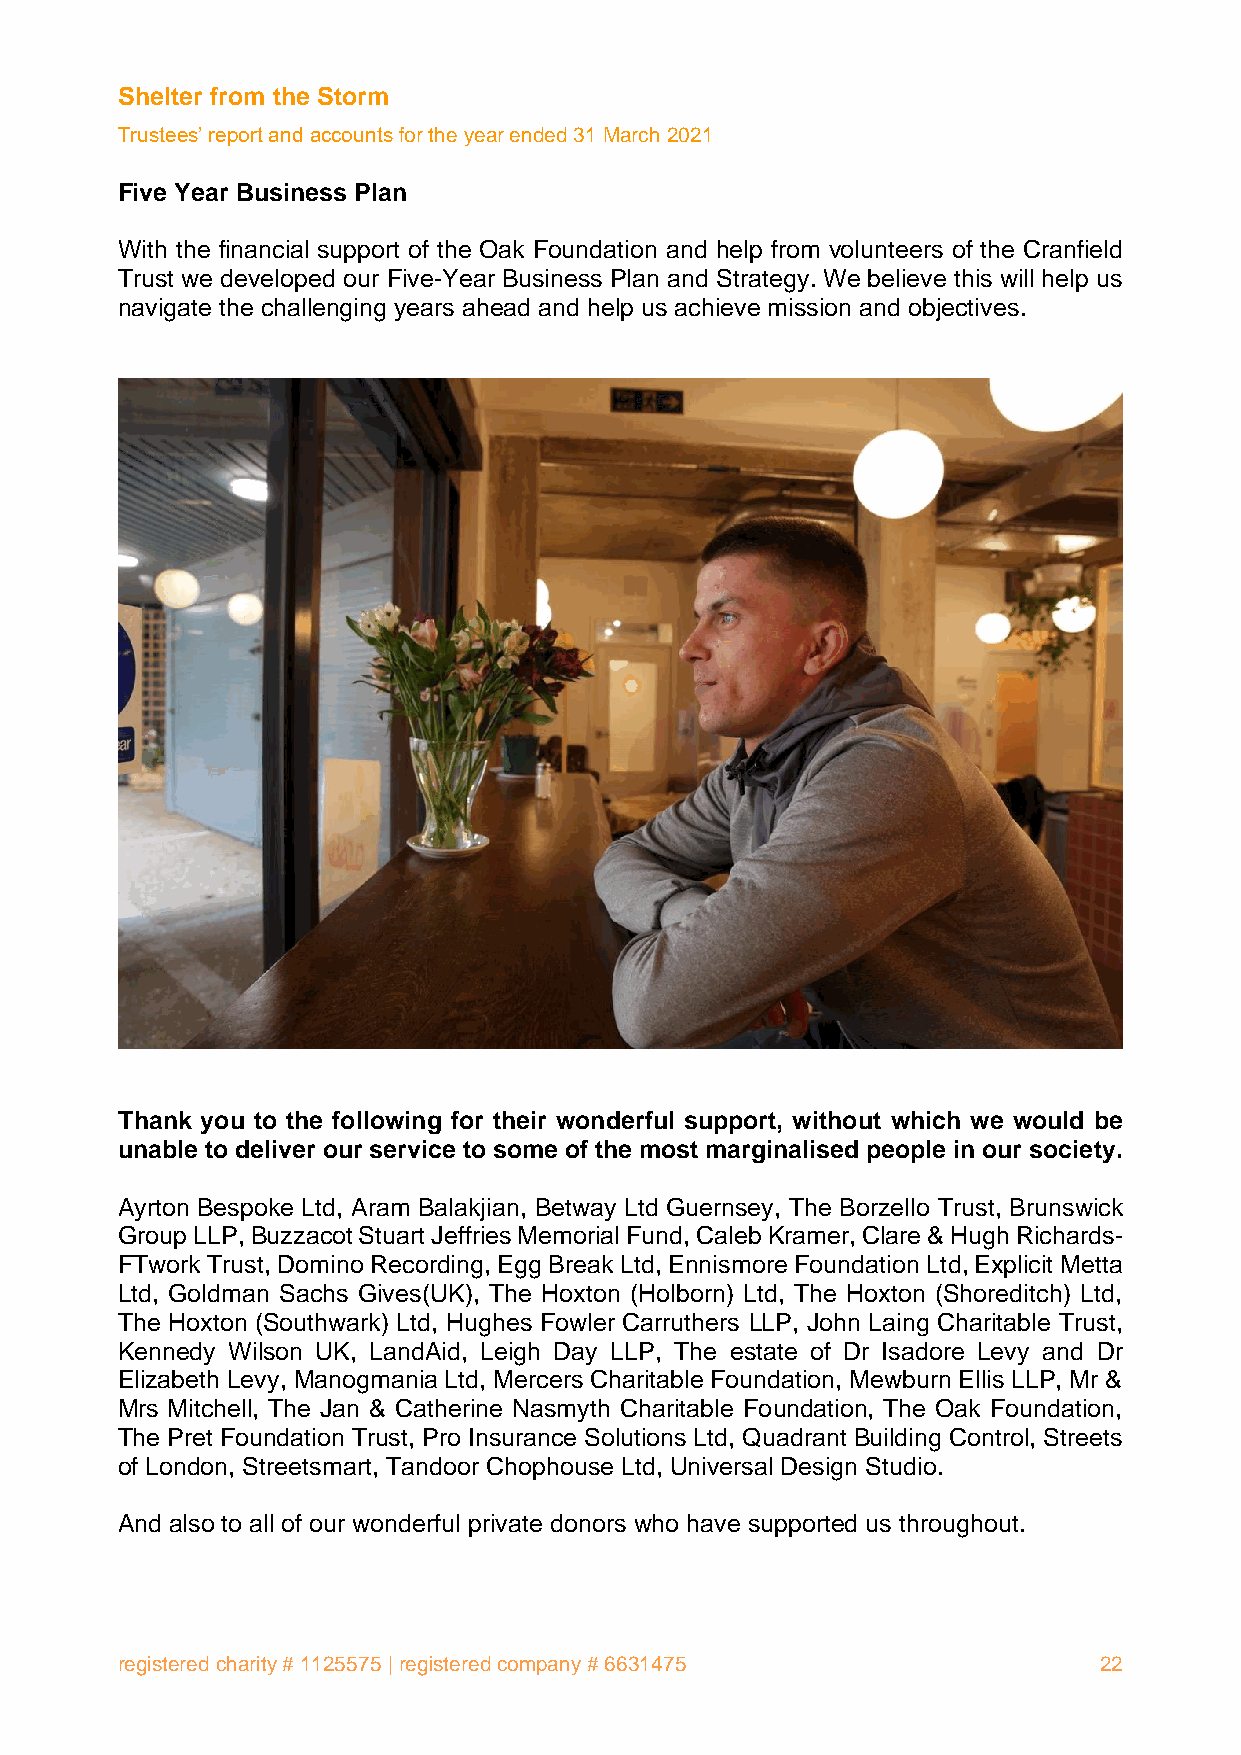
Shelter from the Storm
 Trustees’ report and accounts for the year ended 31 March 2021
 Five Year Business Plan
 With the financial support of the Oak Foundation and help from volunteers of the Cranfield
 Trust we developed our Five-Year Business Plan and Strategy. We believe this will help us
 navigate the challenging years ahead and help us achieve mission and objectives.
 Thank you to the following for their wonderful support, without which we would be
 unable to deliver our service to some of the most marginalised people in our society.
 Ayrton Bespoke Ltd, Aram Balakjian, Betway Ltd Guernsey, The Borzello Trust, Brunswick
 Group LLP, Buzzacot Stuart Jeffries Memorial Fund, Caleb Kramer, Clare & Hugh Richards-
 FTwork Trust, Domino Recording, Egg Break Ltd, Ennismore Foundation Ltd, Explicit Metta
 Ltd, Goldman Sachs Gives(UK), The Hoxton (Holborn) Ltd, The Hoxton (Shoreditch) Ltd,
 The Hoxton (Southwark) Ltd, Hughes Fowler Carruthers LLP, John Laing Charitable Trust,
 Kennedy Wilson UK, LandAid, Leigh Day LLP, The estate of Dr Isadore Levy and Dr
 Elizabeth Levy, Manogmania Ltd, Mercers Charitable Foundation, Mewburn Ellis LLP, Mr &
 Mrs Mitchell, The Jan & Catherine Nasmyth Charitable Foundation, The Oak Foundation,
 The Pret Foundation Trust, Pro Insurance Solutions Ltd, Quadrant Building Control, Streets
 of London, Streetsmart, Tandoor Chophouse Ltd, Universal Design Studio.
 And also to all of our wonderful private donors who have supported us throughout.
 registered charity # 1125575 | registered company # 6631475      22